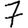
Digit: 7